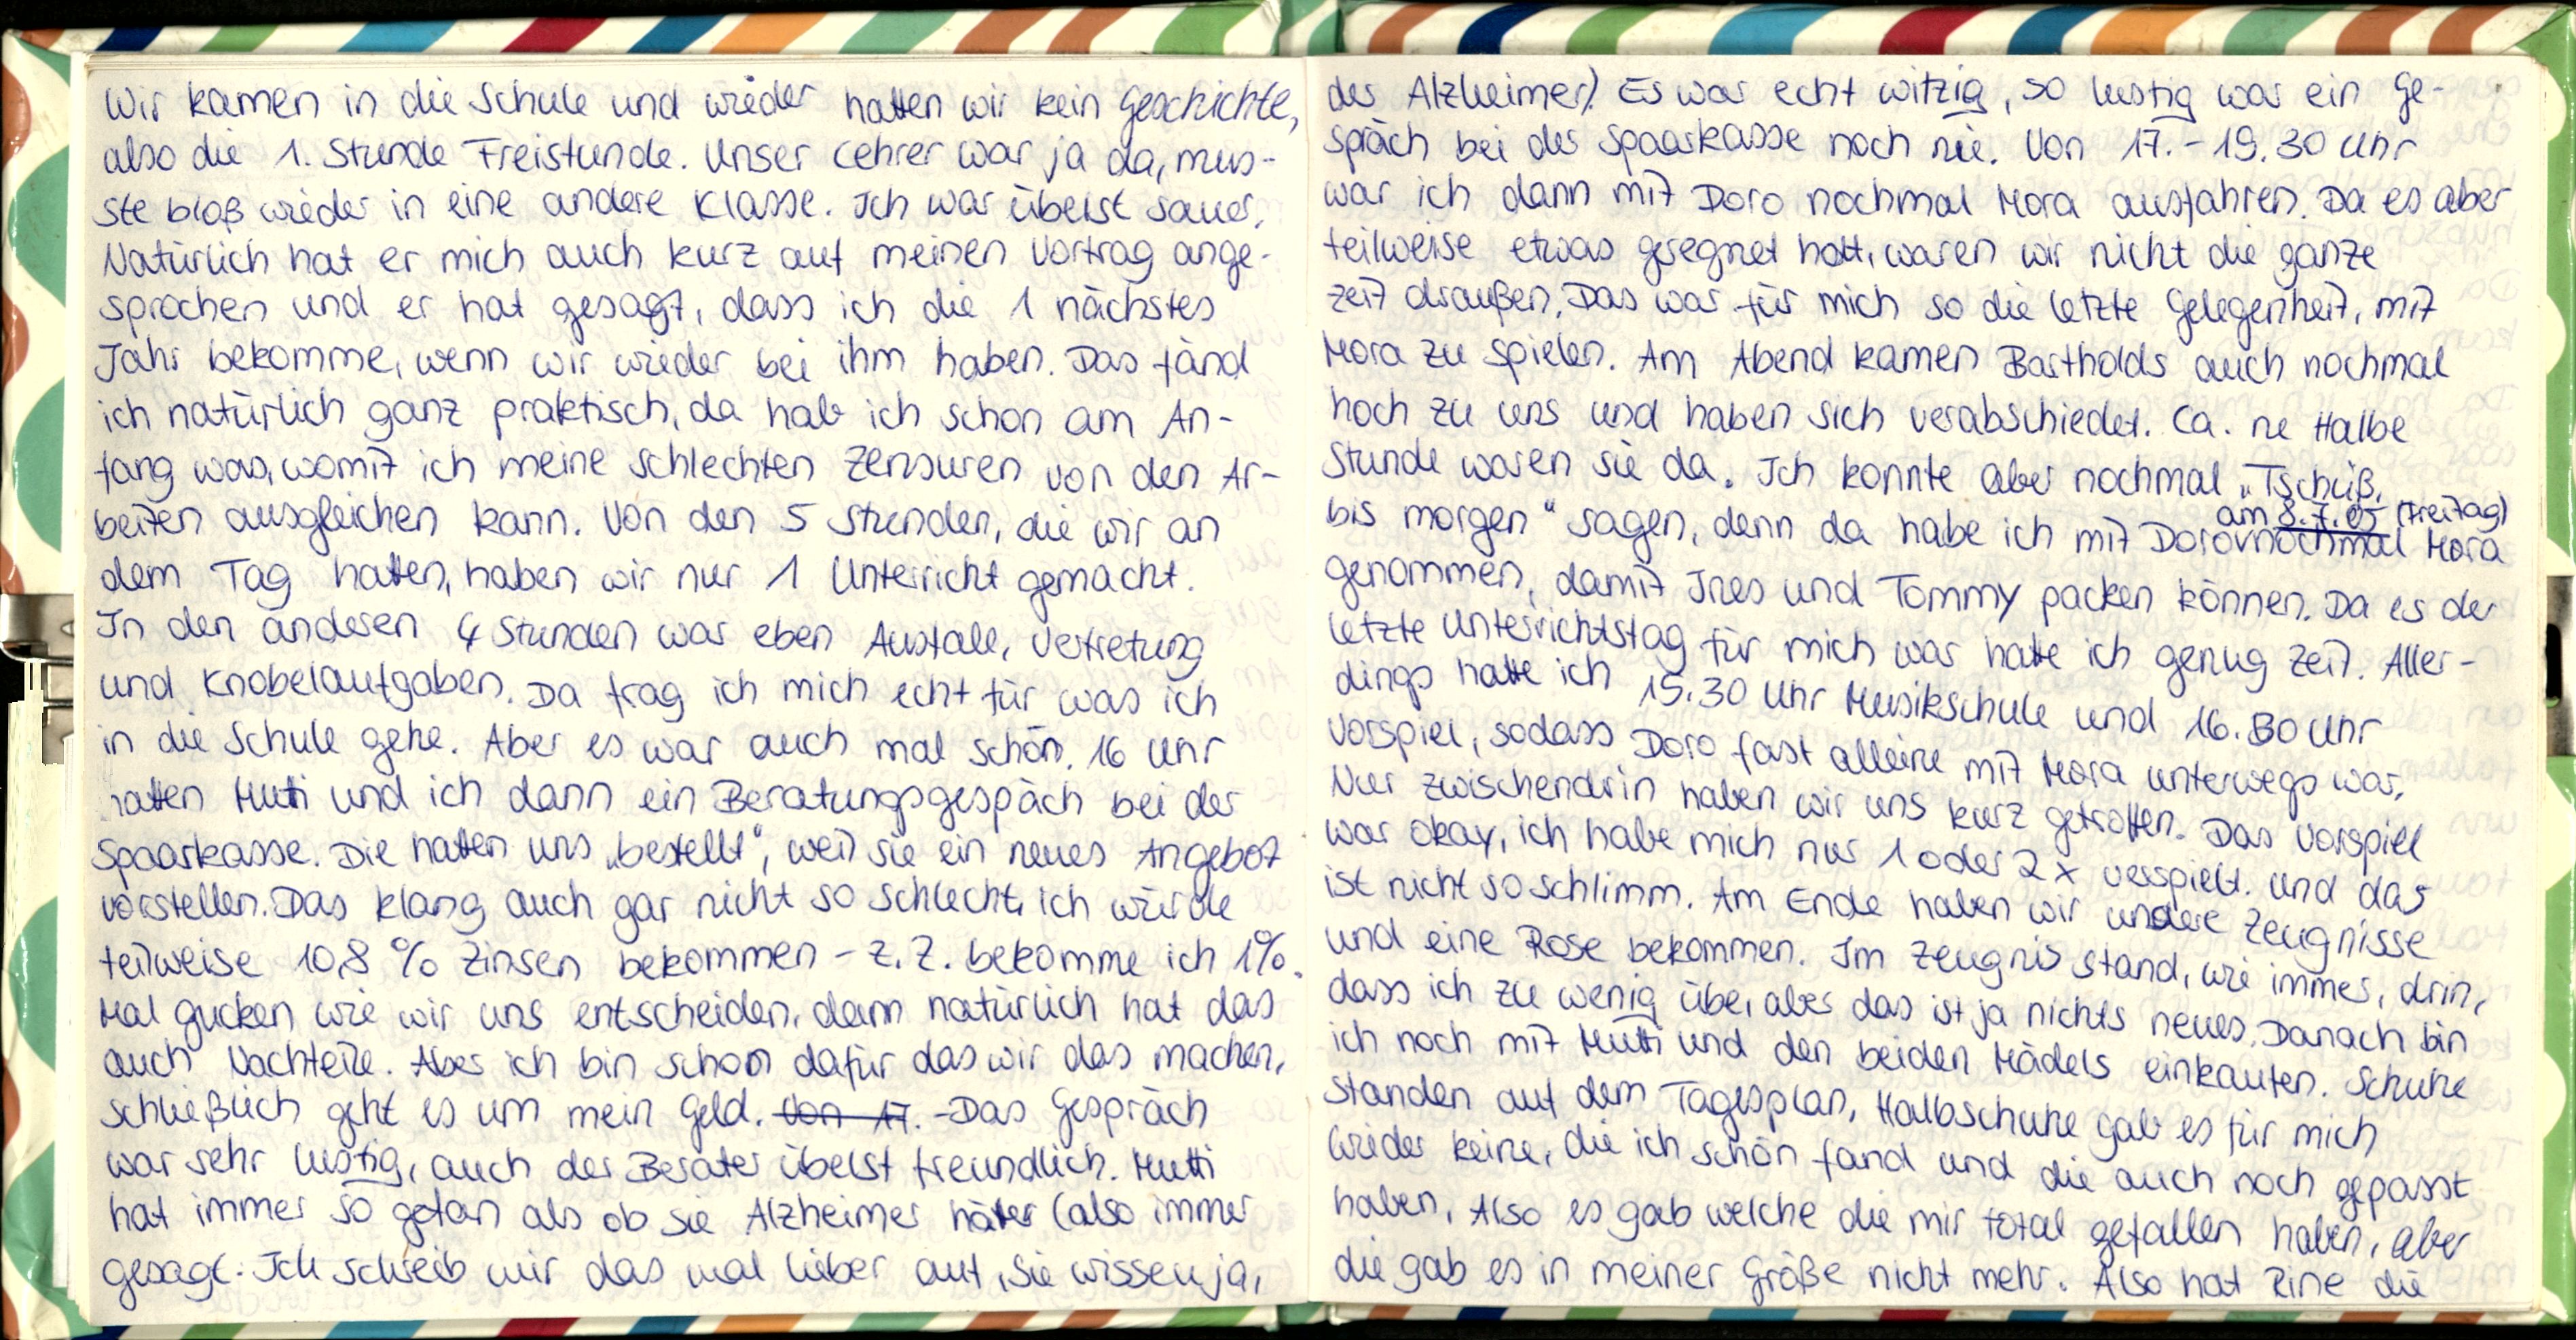
Wir kamen in die Schule und wieder hatten wir kein Geschichte,
also die 1. Stunde Freistunde. Unser Lehrer war ja da, mus-
ste bloß wieder in eine andere Klasse. Ich war übelst sauer
Natürlich hat er mich auch kurz auf meinen Vortrag ange-
sprochen und er hat gesagt, dass ich die 1 nächstes
Jahr bekomme, wenn wir wieder bei ihm haben. Das fand
ich natürlich ganz praktisch, da hab ich schon am An-
fang was, womit ich meine schlechten Zensuren von den Ar-
beiten ausgleichen kann. Von den 5 Stunden, die wir an
dem Tag hatten, haben wir nur 1 Unterricht gemacht.
In den anderen 4 Stunden war eben Ausfall, Vertretung
und Knobelaufgaben. Da frag ich mich echt für was ich
in die Schule gehe. Aber es war auch mal schön. 16 Uhr
hatten Mutti und ich dann ein Beratungsgespäch bei der
Spaarkasse. Die hatten uns „bestellt", weil sie ein neues Angebot
vorstellen. Das klang auch gar nicht so schlecht, ich würde
teilweise 10,8% Zinsen bekommen - z.Z. bekomme ich 1%.
Mal gucken wie wir uns entscheiden, denn natürlich hat das
auch Nachteile. Aber ich bin schon dafür das wir das machen,
schließlich geht es um mein Geld. Das Gespräch
war sehr lustig, auch der Berater übelst freundlich. Mutti
hat immer so getan als ob sie Alzheimer hätter (also immer
gesagt: Ich schreib mir das mal lieber auf, sie wissen ja,

der Alzheimer). Es war echt witzig, so lustig war ein Ge-
spräch bei der Spaarkasse noch nie. Von 17.-19.30 Uhr
war ich dann mit Doro nochmal Mora ausfahren. Da es aber
teilweise etwas geregnet hatt, waren wir nicht die ganze
Zeit draußen. Das war für mich so die letzte Gelegenheit, mit
Mora zu spielen. Am Abend kamen Bartholds auch nochmal
hoch zu uns und haben sich verabschiedet. ca. ne Halbe
Stunde waren sie da. Ich konnte aber nochmal „Tschüß, (Freitag)
am 8.7.05
bis morgen" sagen, denn da habe ich mit Doro nochmal Mora
genommen, damit Ines und Tommy packen können. Da es der
letzte Unterrichtstag für mich war hatte ich genug Zeit. Aller-
dings hatte ich 15.30 Uhr Musikschule und 16.30 Uhr
Vorspiel, sodass Doro fast alleine mit Mora unterwegs war.
Nur zwischendrin haben wir uns kurz getroffen. Das Vorspiel
war okay, ich habe mich nur 1 oder 2x verspielt. Und das
ist nicht so schlimm. Am Ende haben wir unsere Zeugnisse
und eine Rose bekommen. Im Zeugnis stand, wie immer, drin,
dass ich zu wenig übe, aber das ist ja nichts neues. Danach bin
ich noch mit Mutti und den beiden Mädels einkaufen. Schuhe
Standen auf dem Tagesplan, Halbschuhe gab es für mich
wieder keine, die ich schön fand und die auch noch gepasst
haben. Also es gab welche die mir total gefallen haben, aber
die gab es in meiner Größe nicht mehr. Also hat Rine die